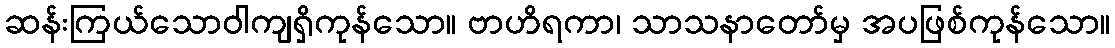
ဆန်းကြယ်သောဝါကျရှိကုန်သော။ ဗာဟိရကာ၊ သာသနာတော်မှ အပဖြစ်ကုန်သော။